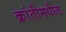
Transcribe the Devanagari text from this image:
क्रांतीमधील